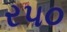
ર૫૦